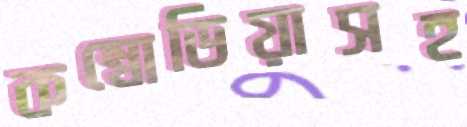
কম্বোডিয়াসহ